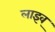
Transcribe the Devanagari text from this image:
लाइव्